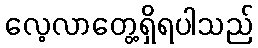
လေ့လာတွေ့ရှိရပါသည်